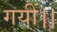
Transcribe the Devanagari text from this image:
गयीं।।